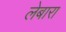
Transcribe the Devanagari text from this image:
लेबारा